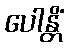
ပေါန္တိံ